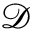
\mathscr { D }